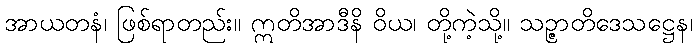
အာယတနံ၊ ဖြစ်ရာတည်း။ ဣတိအာဒီနိ ဝိယ၊ တို့ကဲ့သို့။ သဉ္ဇာတိဒေသဋ္ဌေန၊